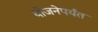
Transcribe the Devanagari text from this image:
योजनेपर्यंत